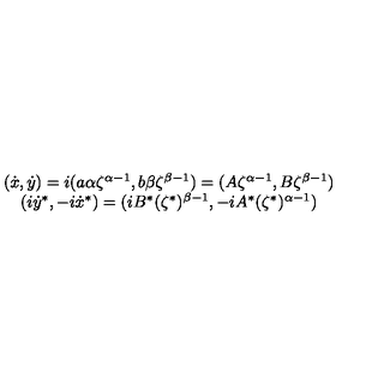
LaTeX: \begin{array} { c } { ( \dot { x } , \dot { y } ) = i ( a \alpha \zeta ^ { \alpha - 1 } , b \beta \zeta ^ { \beta - 1 } ) = ( A \zeta ^ { \alpha - 1 } , B \zeta ^ { \beta - 1 } ) } \\ { ( i \dot { y } ^ { * } , - i \dot { x } ^ { * } ) = ( i B ^ { * } ( \zeta ^ { * } ) ^ { \beta - 1 } , - i A ^ { * } ( \zeta ^ { * } ) ^ { \alpha - 1 } ) } \\ \end{array}